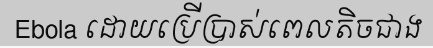
Ebola ដោយប្រើប្រាស់ពេលតិចជាង